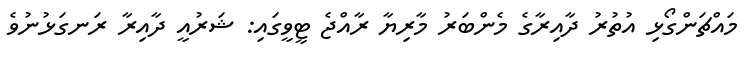
މައްޗަންގޯޅި އުތުރު ދާއިރާގެ މެންބަރު މާރިޔާ ރާއްޖެ ޓީވީގައި: ޝަރުއީ ދާއިރާ ރަނގަޅުނުވެ